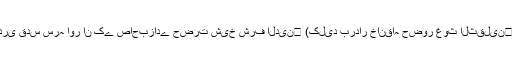
بغداد شریف میں آپ کی بہت سے بزرگوں سے ملاقات ہوئی، حضرت شیخ مصطفیٰ القادری قدس سرہ اور ان کے صاحبزادے حضرت شیخ شرف الدین﷫ (کلید بردار خانقاہ حضور غوث الثقلین﷜) سے بھی ملاقات ہوئی اور ان بزرگوں سے سلسلۂ طریقت قادریہ میں اجازت بھی ہوئی۔